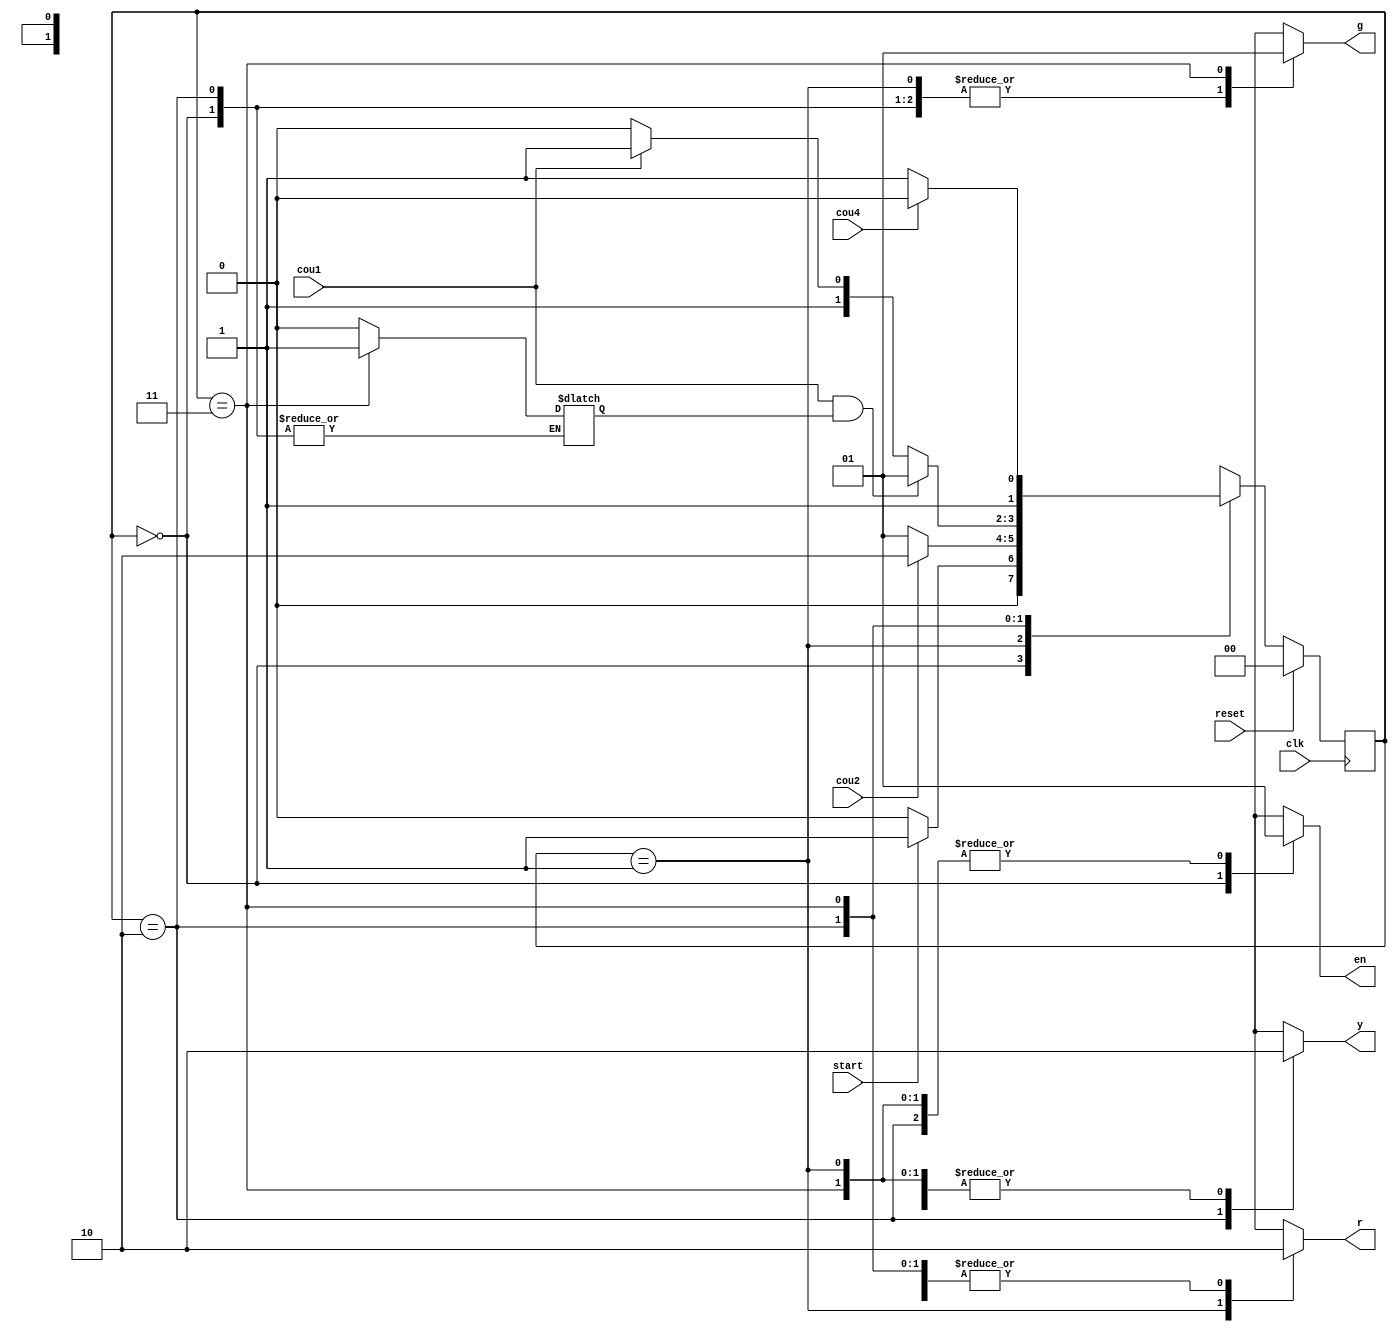

module FSM_traffic(input wire start,                                                                                                                                                                                                                                       
input wire reset,cou1,cou2,cou4,clk,
output reg r,
output reg g,
output reg y,
output reg en);
reg [1:0] pstate, nstate; 
reg dir; 

parameter
IDLE=2'b00,
Red=2'b01,
Yellow=2'b10,
Green=2'b11;
always@(*) begin 
	begin:NSL
	case (pstate)
		IDLE:begin
			if (start) begin
				nstate=Red;
			end
			else begin
				nstate=IDLE;
			end
		end
		Red:begin
			if (cou2) begin
				nstate=Yellow;
			end
			else begin
				nstate=Red;
			end
		end
		Yellow:begin
			if(cou1 && dir) begin
				nstate=Red;
			end
			else if(cou1) begin
				nstate=Green;
			end
			else begin
				nstate=Yellow;
			end
		end
		Green:begin
			if(cou4) begin
				nstate=Yellow;
			end
			else begin
				nstate=Green;
			end
		end
	endcase
	end

	begin:OL
	case(pstate)
		IDLE:begin
			r=1'b0;
			g=1'b0;
			y=1'b0;
			en=1'b0;
			$display("r=%0d,g=%0d,y=%0d,time=%t",r,g,y,$time);
		end
		Red:begin
			r=1'b1;
			g=1'b0;
			y=1'b0;
			dir=1'b0;
			en=1'b1;
			$display("r=%0d,g=%0d,y=%0d,time=%t",r,g,y,$time);
		end
		Yellow:begin
			r=1'b0;
			g=1'b0;
			y=1'b1;
			en=1'b1;
			$display("r=%0d,g=%0d,y=%0d,time=%t",r,g,y,$time);
		end
		Green:begin
			r=1'b0;
			g=1'b1;
			y=1'b0;
			dir=1'b1;
			en=1'b1;
			$display("r=%0d,g=%0d,y=%0d,time=%t",r,g,y,$time);
		end
		default:begin
			r=1'bx;
			g=1'bx;
			y=1'bx;
			dir=1'bx;
			en=1'bx;
			$display("r=%0d,g=%0d,y=%0d,time=%t",r,g,y,$time);
		end
	endcase
	end	
end
always@(posedge clk) begin
	begin:PSL
		if(~reset) begin
			pstate=nstate;
		end
		else begin
			pstate=IDLE;
		end
	end
end
endmodule